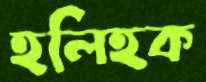
হলিহক